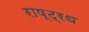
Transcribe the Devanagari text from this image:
राष्ट्रध